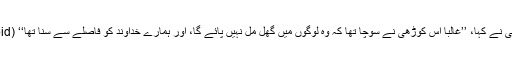
ویزلی نے کہا، ’’غالباً اِس کوڑھی نے سوچا تھا کہ وہ لوگوں میں گھل مل نہیں پائے گا، اور ہمارے خداوند کو فاصلے سے سُنا تھا‘‘ (ibid.)۔